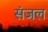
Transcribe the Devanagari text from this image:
संजल